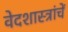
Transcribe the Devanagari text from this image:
वेदशास्त्रांचें